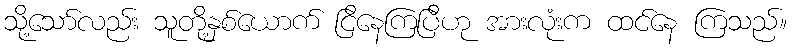
သို့သော်လည်း သူတို့နှစ်ယောက် ငြိနေကြပြီဟု အားလုံးက ထင်နေ ကြသည်။